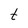
Character: t